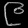
Digit: ၉